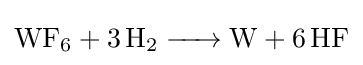
{\ce {WF6 + 3 H2 -> W + 6 HF}}